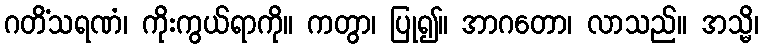
ဂတိံသရဏံ၊ ကိုးကွယ်ရာကို။ ကတွာ၊ ပြု၍။ အာဂတော၊ လာသည်။ အသ္မိ၊